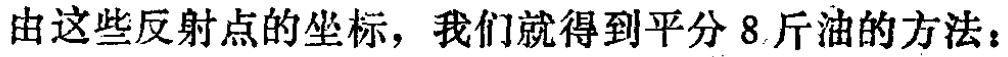
由这些反射点的坐标，我们就得到平分 8 斤油的方法：